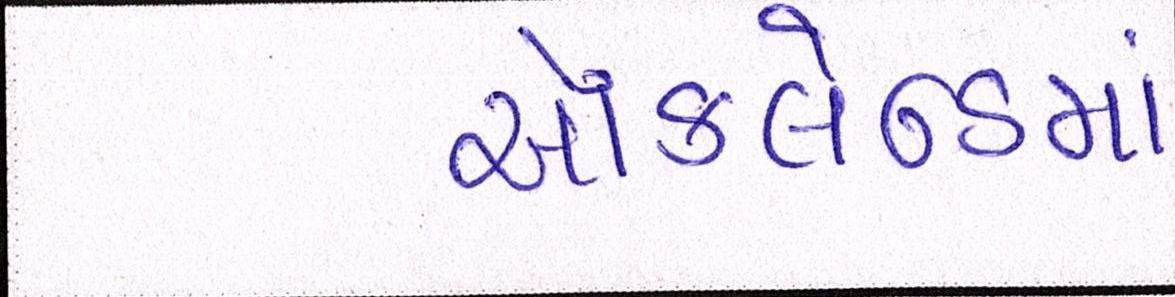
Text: ઑકલેન્ડમાં